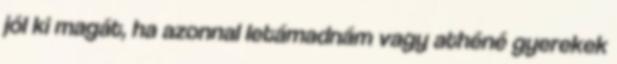
jól ki magát, ha azonnal letámadnám vagy athéné gyerekek